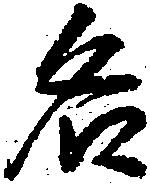
名